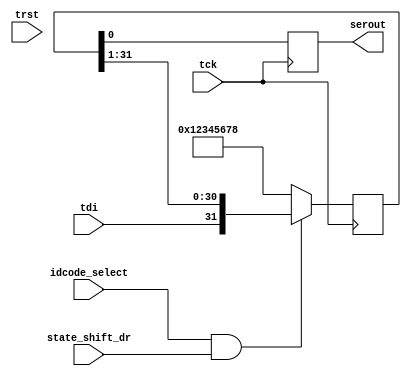
/**********************************************************************************
*                                                                                 *
*  JTAG ID Register                                                               *
*                                                                                 *
**********************************************************************************/


module jtag_id (  
  input 	wire tck,  			// JTAG pads
  input 	wire tdi,
  input 	wire trst,
  input 	wire state_shift_dr,		// TAP states
  input 	wire idcode_select,		// instruction register code
  output reg 	serout			// serial output
);

localparam  IDCODE_VALUE    = 32'h12345678;

reg [31:0] idcode_reg;			// store and shift ID in this register

always @ (posedge tck/* or posedge trst*/)			// this has no reset. Why? TODO		No cons --So it has now a reset state	
begin
 /* if (trst) 
  begin
    serout <= 1'b0;
    idcode_reg <= {31{1'b0}};
  end
  else*/ if (idcode_select && state_shift_dr)
    idcode_reg <= {tdi, idcode_reg[31:1]};	// shift ID register
  else
    idcode_reg <= IDCODE_VALUE;		// load with constant value
end

always @ (negedge tck)
begin
    serout <= idcode_reg[0];
end

endmodule